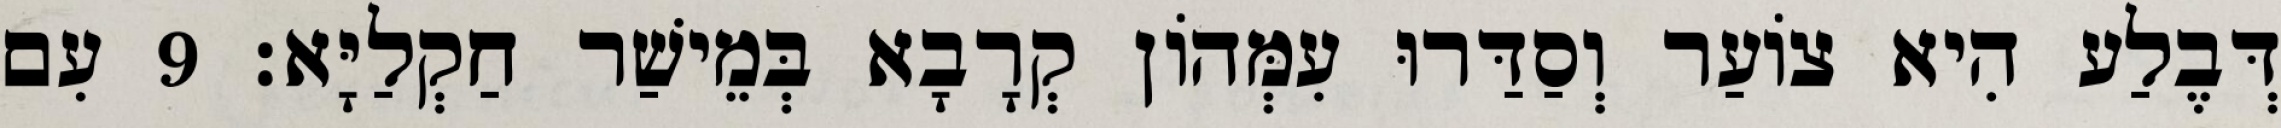
דְּבֶלַע הִיא צוֹעַר וְסַדַּרוּ עִמְּהוֹן קְרָבָא בְּמֵישַׁר חַקְלַיָּא׃ 9 עִם